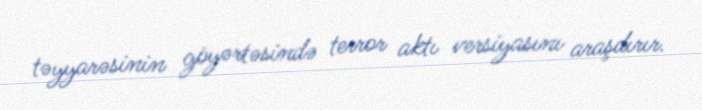
təyyarəsinin göyərtəsində terror aktı versiyasını araşdırır.